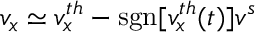
v _ { x } \simeq v _ { x } ^ { t h } - \mathrm { s g n } [ v _ { x } ^ { t h } ( t ) ] v ^ { s }